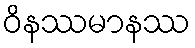
ဝိနဿမာနဿ